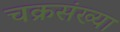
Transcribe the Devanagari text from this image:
चक्रसंख्या